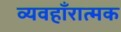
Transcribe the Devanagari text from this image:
व्यवहाँरात्मक